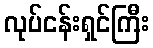
လုပ်ငန်းရှင်ကြီး